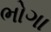
ભોગા